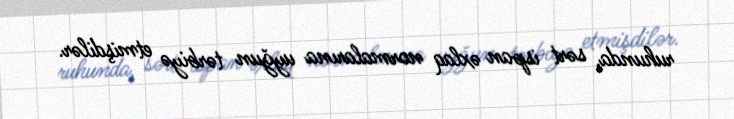
ruhunda, sərt ispan əxlaq normalarına uyğun tərbiyə etmişdilər.